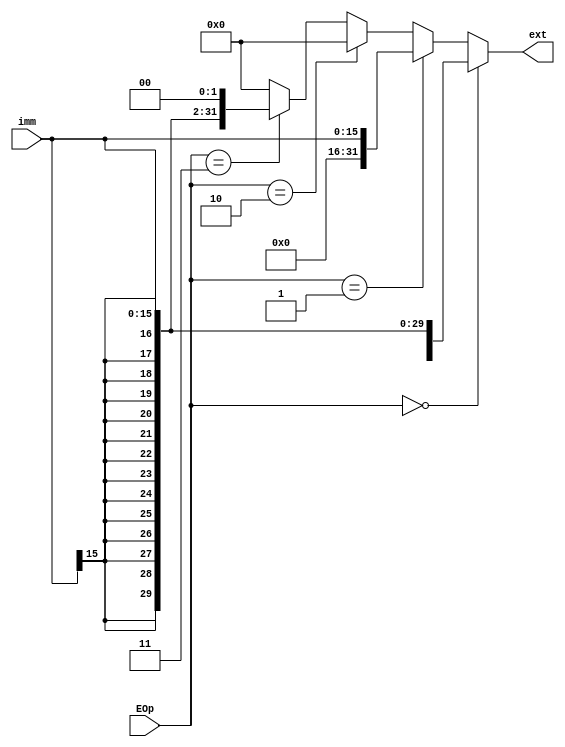
module ext(
    input [15:0] imm,
    input [1:0] EOp,
    output [31:0] ext
    );
	 assign ext = (EOp==0)?({{16{imm[15]}},imm}):
					  (EOp==1)?({{16{0}},imm}):
					  (EOp==2)?({imm,{16{0}}}):
					  (EOp==3)?({{16{imm[15]}},imm}<<2):000;					  
endmodule